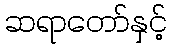
ဆရာတော်နှင့်